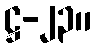
ဋ္ဌ-၂၃။